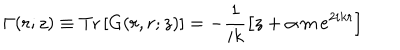
\Gamma ( r ; z ) \equiv \mathrm { T r } \left[ G ( r , r ; z ) \right] = - \frac { 1 } { i k } \left[ z + \alpha \, m \, e ^ { 2 i k r } \right]